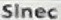
Since